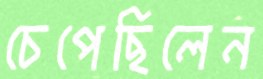
চেপেছিলেন